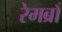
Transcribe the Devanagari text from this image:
रेमब्राँ